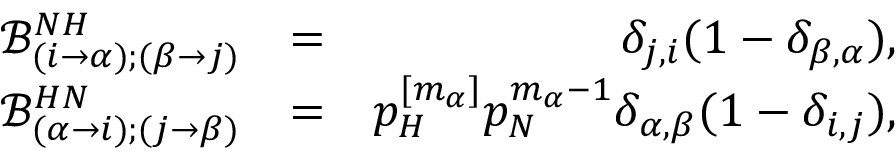
\begin{array} { r l r } { \mathcal { B } _ { ( i \to \alpha ) ; ( \beta \to j ) } ^ { N H } } & { = } & { \delta _ { j , i } ( 1 - \delta _ { \beta , \alpha } ) , } \\ { \mathcal { B } _ { ( \alpha \to i ) ; ( j \to \beta ) } ^ { H N } } & { = } & { p _ { H } ^ { [ m _ { \alpha } ] } p _ { N } ^ { m _ { \alpha } - 1 } \delta _ { \alpha , \beta } ( 1 - \delta _ { i , j } ) , } \end{array}